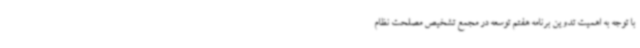
با توجه به اهمیت تدوین برنامه هفتم توسعه در مجمع تشخیص مصلحت نظام